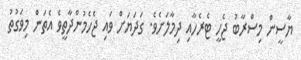
ޔާސީން މިސްރާބު ޖެހީ ޓެރެހާއި ދިމާލަށެވެ. ގަދަޔަށް ވައި ޖެހެމުންދާތީވެ އެތަން މިވަގުތު